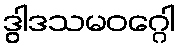
ဒွါဒသမဝဂ္ဂေါ